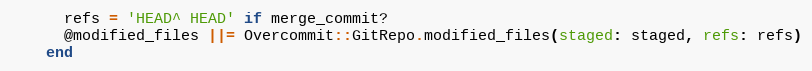
Language: Ruby
      refs = 'HEAD^ HEAD' if merge_commit?
      @modified_files ||= Overcommit::GitRepo.modified_files(staged: staged, refs: refs)
    end